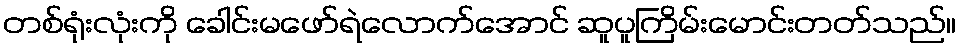
တစ်ရုံးလုံးကို ခေါင်းမဖော်ရဲလောက်အောင် ဆူပူကြိမ်းမောင်းတတ်သည်။